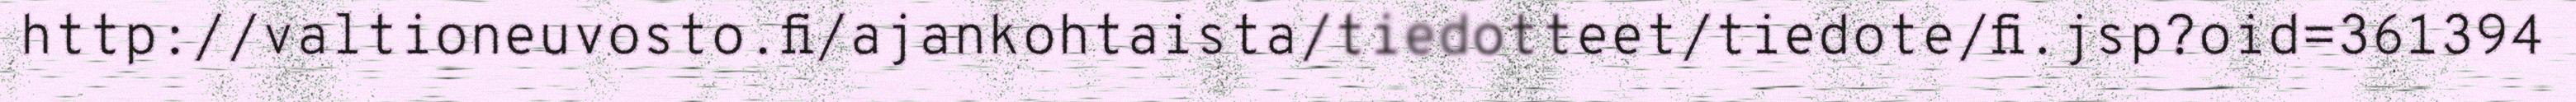
http://valtioneuvosto.fi/ajankohtaista/tiedotteet/tiedote/fi.jsp?oid=361394